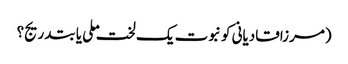
(مرزاقادیانی کو نبوت یک لخت ملی یا بتدریج؟